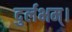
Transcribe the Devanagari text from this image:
दुर्लभम्।